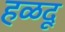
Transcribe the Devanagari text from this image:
हळदू